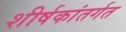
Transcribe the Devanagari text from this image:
शीर्षकांतर्गत